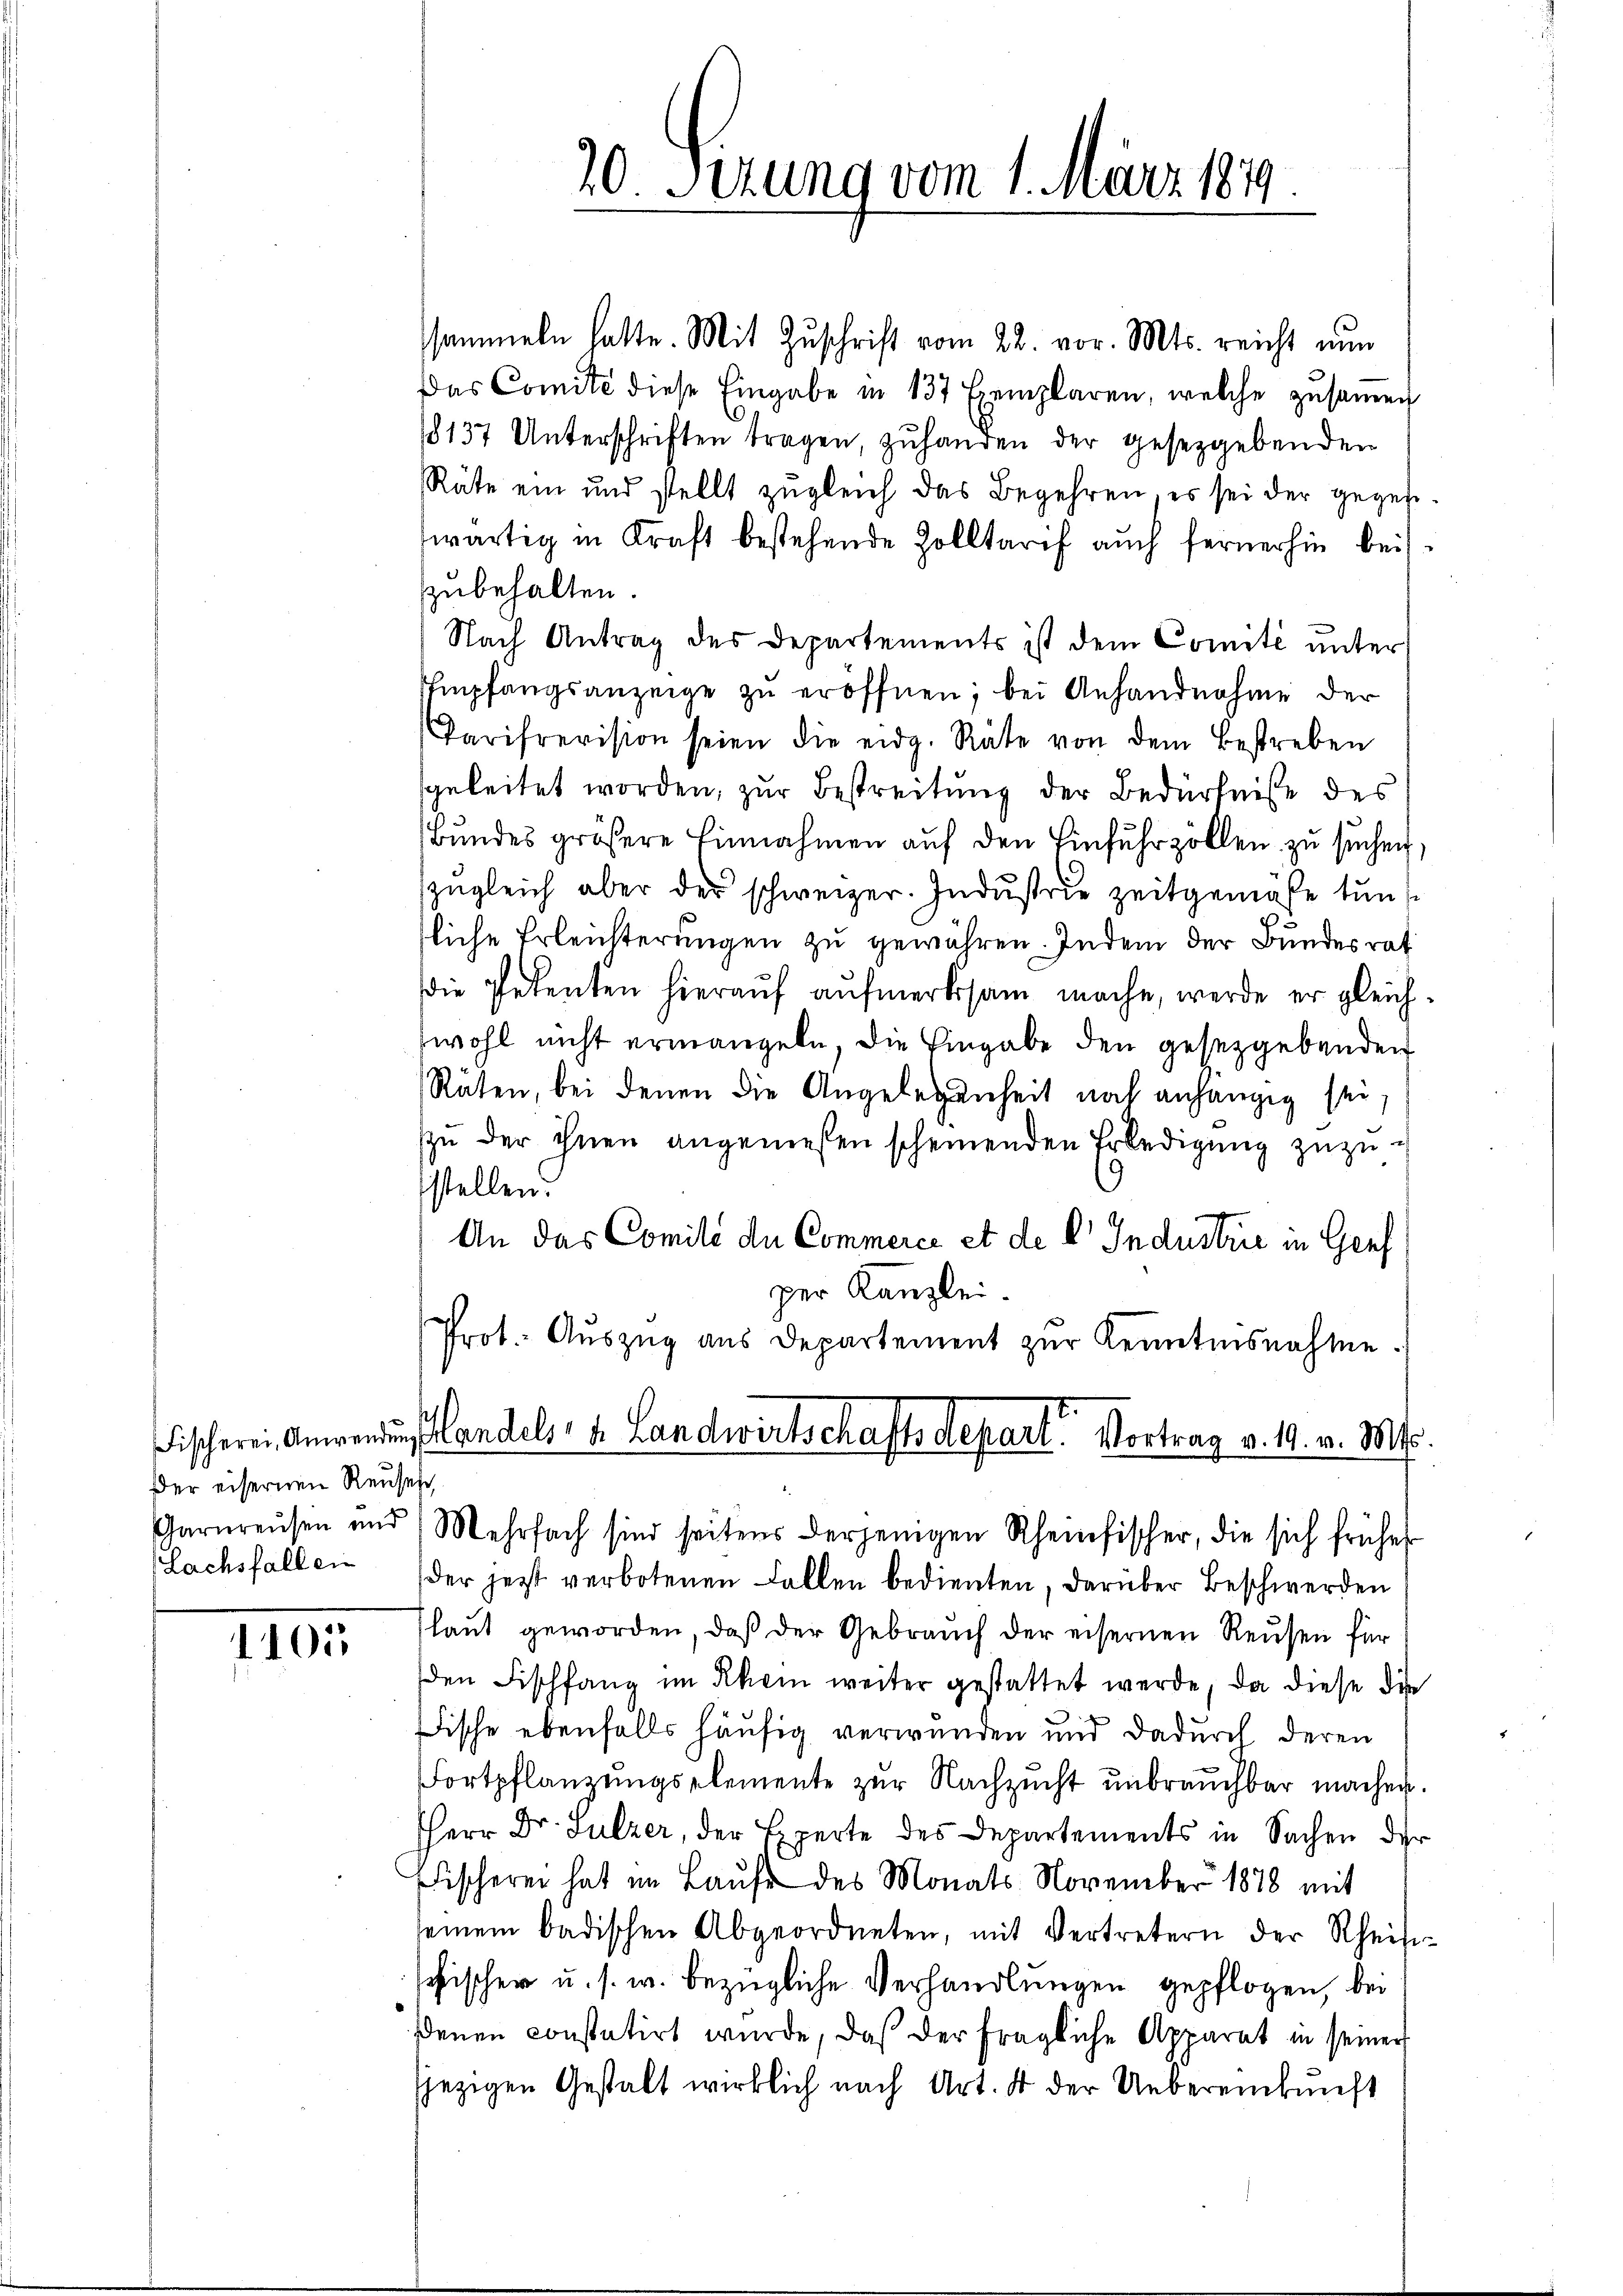
der eisernen Reuses,

1402

sammeln hatte. Mit Zuschrift vom 22. vor. Mts. reicht nun
Das Comite diese Eingabe in 137 Exemplaren, welche zŭsaṁen
18137 Unterschriften tragen, zuhanden der gesetzgebenden
Räte ein und stellt zŭgleich das Begehren, es sei der gegen-
wärtig in Kraft bestehende Zolltarif auch fernerhin bei
zubehalten.
Nach Antrag des Departements ist dem Comité unter
Empfangsanzeige zŭ eröffnen; bei Anhandnahme der
Parisrevision seien die eidg. Räte von dem Bestreben
sgeleitet worden, zur Bestreitung der Bedürfniße des
Bundes größere Einnahmen auf den Einfuhrzöllen zu suchen,
(zugleich aber der schweizer. Industrie zeitgemäße tun
tliche Erleichterungen zu gewähren. Indem der Bundesrat
die Petenten hierauf aufmerksam mache, werde er gleichwohl nicht ermangeln, die Eingabe den gesetzgebenden
Rüten, bei denen die Angelegenheit noch anhängig sei,
szŭ der ihnen angemessen scheinenden Erledigung zuzusstellen.
An das Comité de Commerce et de l' Industrie in Genf
per Kanzlei.
Prot. Aŭszŭg aŭs Departement zŭr Kenntnisnahme.
Fischerei Anwendung andels- u. Landwirtschaftsdepart. Vortrag v. 19. v. Mts.

Garnreŭsen und Mehrfach sind seitens derjenigen Rheinfischer, die sich früher
Lachsfallen der jetzt verbotenen Fallen bedienten, darüber Beschwerden
Plaut geworden, daß der Gebrauch der eisernen Reusen für
den Fischfang im Rhein weiter gestattet werde, da diese die
Fische ebenfalls häufig verwunden und dadurch deren
Fortpflanzungselemente zur Nachzucht unbrauchbar machen.
Herr Dr. Sulzer, der Experte des Departements in Sachen der
Fischerei hat im Laufe des Monats November 1878 mit
seinem badischen Abgeordneten, mit Vertretern der Rheise-
schischer u. s. w. bezügliche Verhandlungen gepflogen, bei
denen constatirt wurde, daß der fragliche Apparat in seiner
jezigen Gestalt wirklich nach Art. 4 der Uebereinkunft

20 Sizung vom 1. März 1849